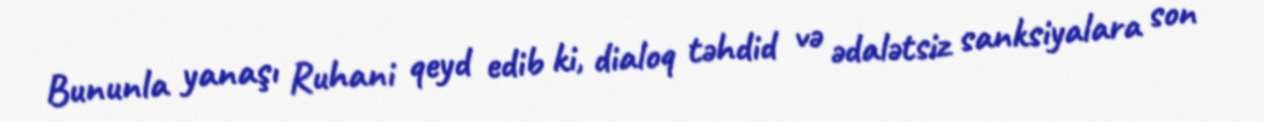
Bununla yanaşı Ruhani qeyd edib ki, dialoq təhdid və ədalətsiz sanksiyalara son